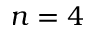
n = 4